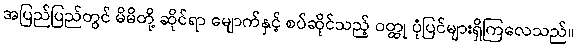
အပြည်ပြည်တွင် မိမိတို့ ဆိုင်ရာ မျောက်နှင့် စပ်ဆိုင်သည့် ဝတ္ထု ပုံပြင်များရှိကြလေသည်။